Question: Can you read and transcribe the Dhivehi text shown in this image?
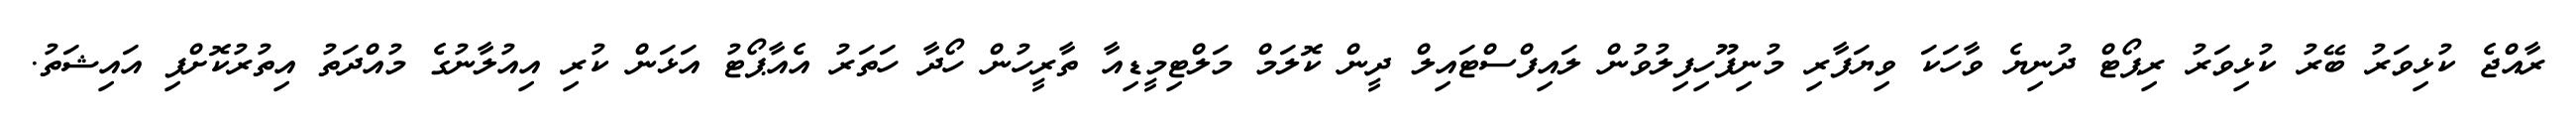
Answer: ރާއްޖެ ކުޅިވަރު ބޭރު ކުޅިވަރު ރިޕޯޓް ދުނިޔެ ވާހަކަ ވިޔަފާރި މުނިފޫހިފިލުވުން ލައިފްސްޓައިލް ދީން ކޮލަމް މަލްޓިމީޑިއާ ތާރީހުން ހޯދާ ހަތަރު އެއާޕޯޓު އަޅަން ކުރި އިއުލާނުގެ މުއްދަތު އިތުރުކޮށްފި އައިޝަތު.